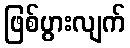
ဖြစ်ပွားလျက်